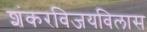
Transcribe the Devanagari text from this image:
शंकरविजयविलास